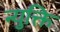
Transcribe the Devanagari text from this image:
न्युक्ति